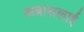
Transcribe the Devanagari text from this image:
अन्नासलाई